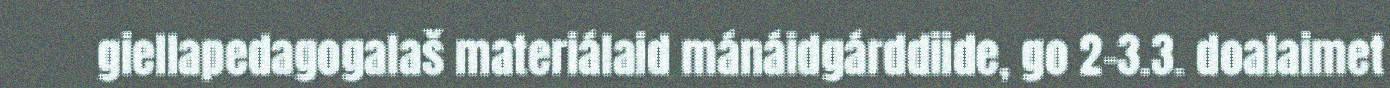
giellapedagogalaš materiálaid mánáidgárddiide, go 2-3.3. doalaimet